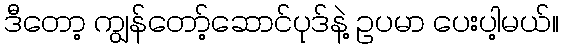
ဒီတော့ ကျွန်တော့်ဆောင်ပုဒ်နဲ့ ဥပမာ ပေးပါ့မယ်။